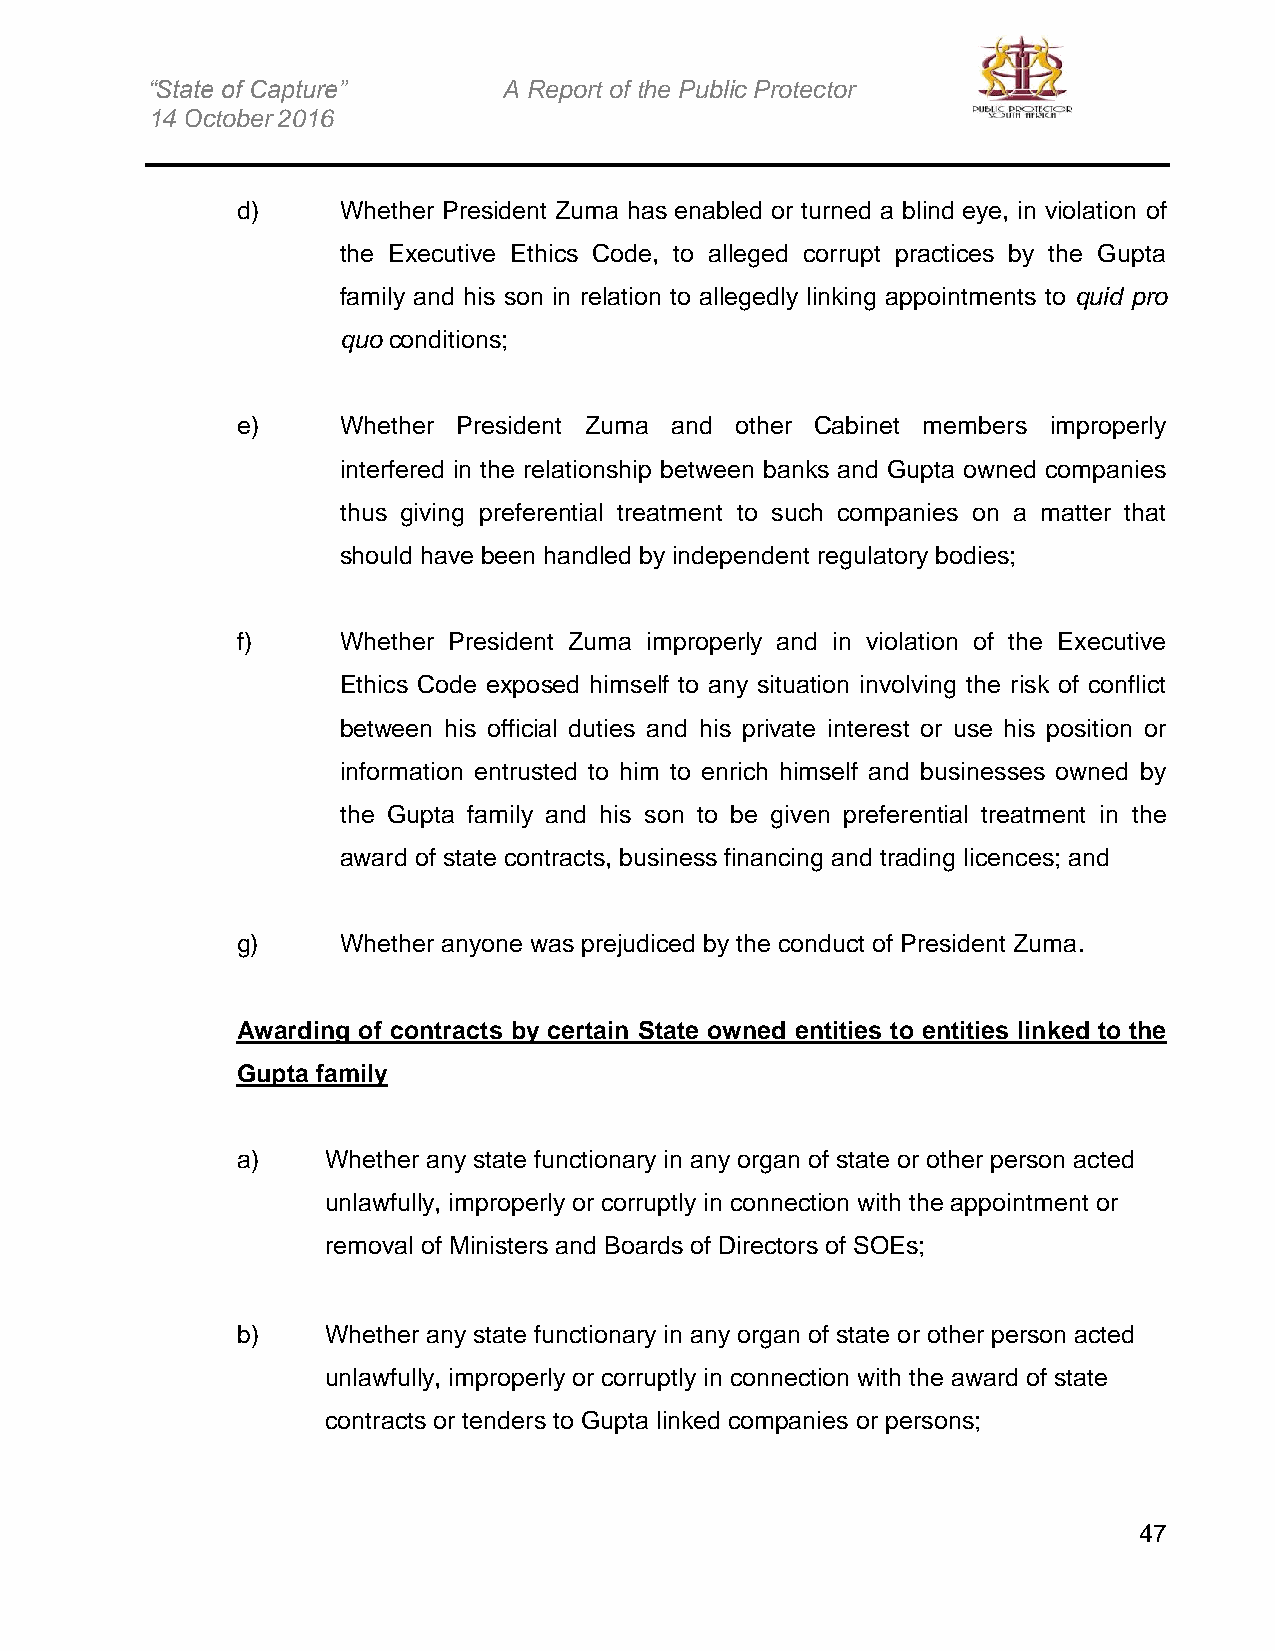
“State of Capture”     A Report of the Public Protector
 14 October 2016
 d)    Whether President Zuma has enabled or turned a blind eye, in violation of
 the Executive Ethics Code, to alleged corrupt practices by the Gupta
 family and his son in relation to allegedly linking appointments to quid pro
 quo conditions;
 e)    Whether President Zuma and other Cabinet members improperly
 interfered in the relationship between banks and Gupta owned companies
 thus giving preferential treatment to such companies on a matter that
 should have been handled by independent regulatory bodies;
 f)    Whether President Zuma improperly and in violation of the Executive
 Ethics Code exposed himself to any situation involving the risk of conflict
 between his official duties and his private interest or use his position or
 information entrusted to him to enrich himself and businesses owned by
 the Gupta family and his son to be given preferential treatment in the
 award of state contracts, business financing and trading licences; and
 g)    Whether anyone was prejudiced by the conduct of President Zuma.
 Awarding of contracts by certain State owned entities to entities linked to the
 Gupta family
 a)    Whether any state functionary in any organ of state or other person acted
 unlawfully, improperly or corruptly in connection with the appointment or
 removal of Ministers and Boards of Directors of SOEs;
 b)    Whether any state functionary in any organ of state or other person acted
 unlawfully, improperly or corruptly in connection with the award of state
 contracts or tenders to Gupta linked companies or persons;
 47